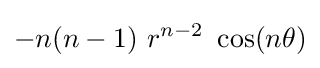
-n(n-1)~r^{n-2}~\cos(n\theta )